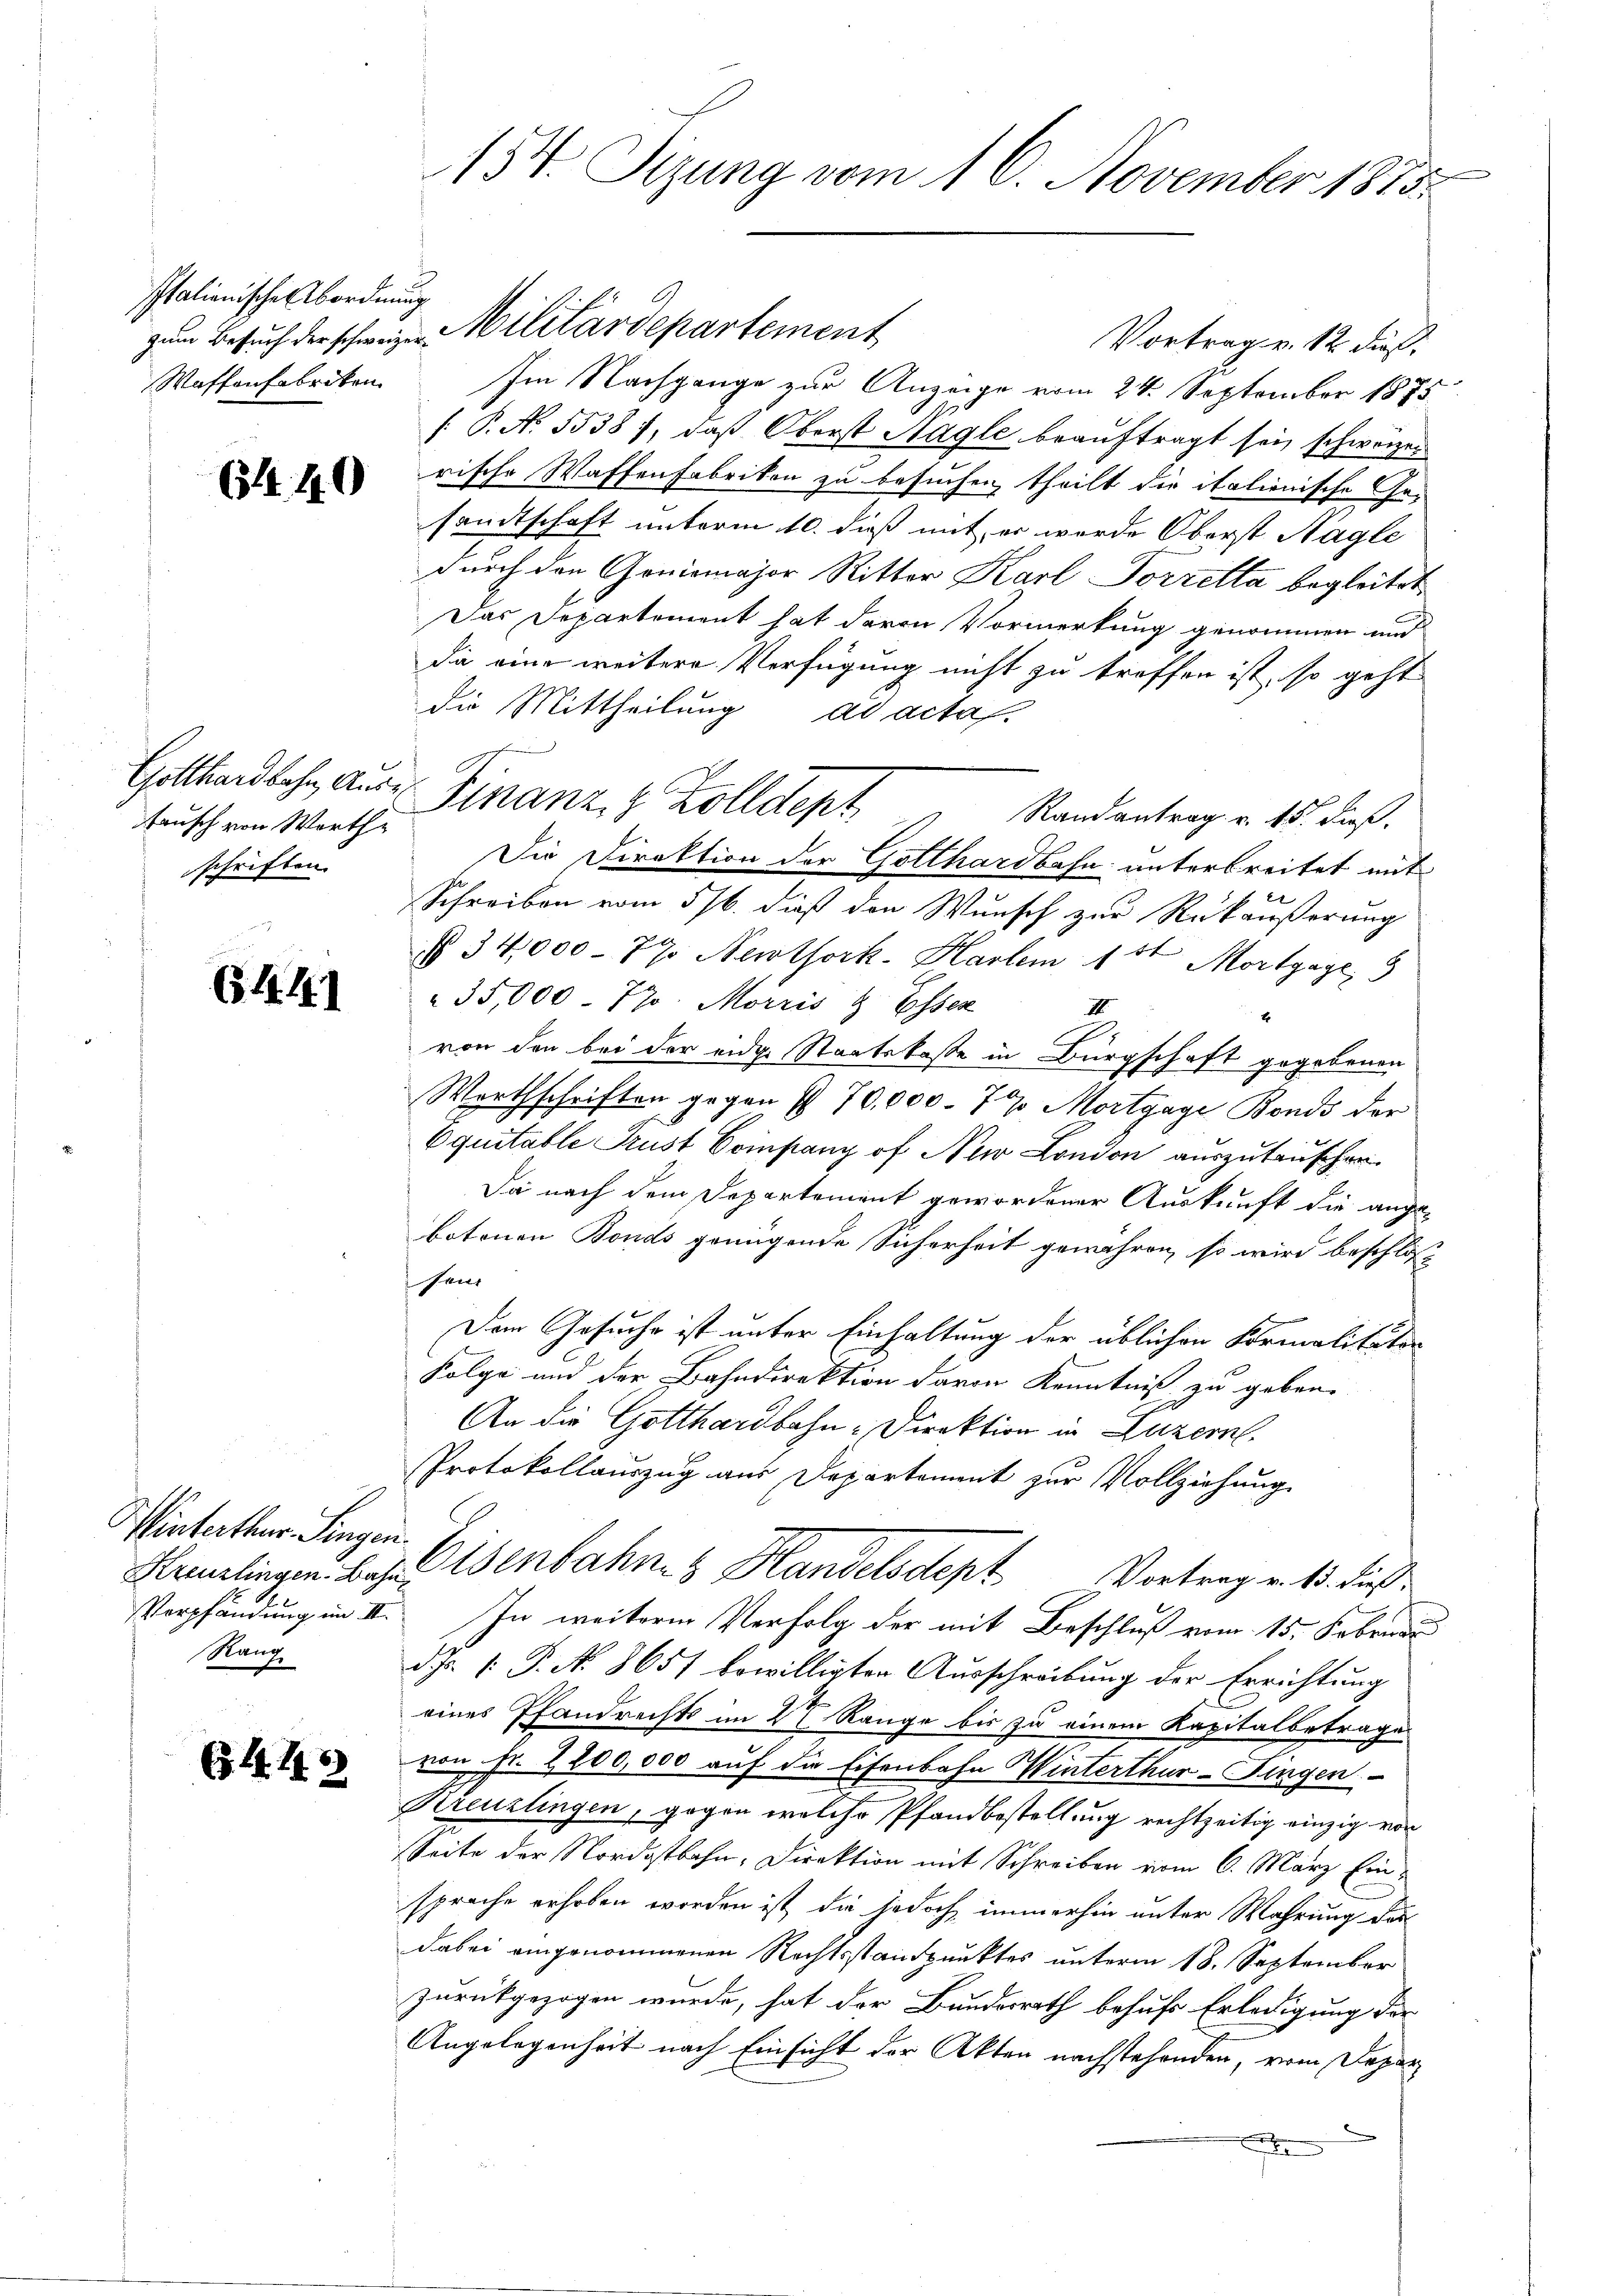
Italienische Abordnung
Waffenfabriken

644. 40

fausch von Worthe
schriften.

654. 141

Winterthur Singen.
Verpfändung im II.
Rang

C.M. 18

154. Tizung vom 16. November 1875.

zum Besuch der schweizen Militärdepartement
Vortrag v. 12 dies
Im Nachgange zur Anzeige vom 24. September 1875
[: P. N. 5538), daß Oberst Nagle beauftragt sei, schweizen
rische Waffenfabrikon zu besuchen, theilt die italionische Gesandtschaft unterm 10. dieß mit er wurde Oberst Nagle
durch den Goniomajor Ritter Karl Torrelta begleitet,
Das Departement hat davon Vormerkung genommen und
die eine weitere Verfügung nicht zu treffen ist, so geht
die Mittheilung ad acta.
Randantrag v. 15. dieß.
Schreiben vom 5/6. dieß den Wunsch zur Rükäußerung
 34,000 - 79. Neuthork-Hartem 15t Mortgage 3
35,000 - 770. Morris & Essen
III
I
von den bei der eidge Staatskasse in Bürgschaft gegenenen
Werthschriften gegen § 70,000. 77 Mortgage Bonds der
Equitable Trust Coinpany of Nur London auszutauschen.
Da nach dem Departement gewordener Auskunft die ange-
botenen Bonds genügende Sicherheit gewähren, so wird beschloss
sen
Dem Gesuche ist unter Einhaltung der üblichen Formalitäten
Folge und der Bahndirektion davon Kenntniß zu geben.
An die Gotthardbahn-Direktion in Luzern.
Protokollauszug aus Departement zur Vollziehung
Kreuzlingen. Das Eisenbahn & Handelsdept Vortrag v. 15. dieß
In weitere Verfolg der mit Beschluß vom 15. Februar
d. Js. 1. P. No. 8651 bewilligten Ausschreibung der Errichtung
eines Pfandrechts im 27 Range bis zu einem Kapitalbetrage
von Fr. 2200,000 auf die Eisenbahn Winterthur–Singen
Kreuzlingen, gegen welche Pfandbestellung rechtzeitig einzig von
Seite der Nordostbahn, Direktion mit Schreiben vom 6. März Einsprache erhoben worden ist, die jedoch immerhin unter Wahrung das
dabei eingenommenen Rechtsstandpunktes unterm 18. September
zurückgezogen wurde, hat der Bundesrath behufs Erledigung der
Angelegenheit nach Einsicht der Akten nachstehenden, vom Depar

Gotthardbahn, aus Finanz, 1 Zolldept

Die Direktion der Gotthardbahn unterbreitet mit